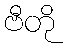
ဗီတို